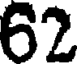
62